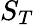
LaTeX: S_{T}